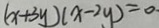
( x + 3 y ) ( x - 2 y ) = 0